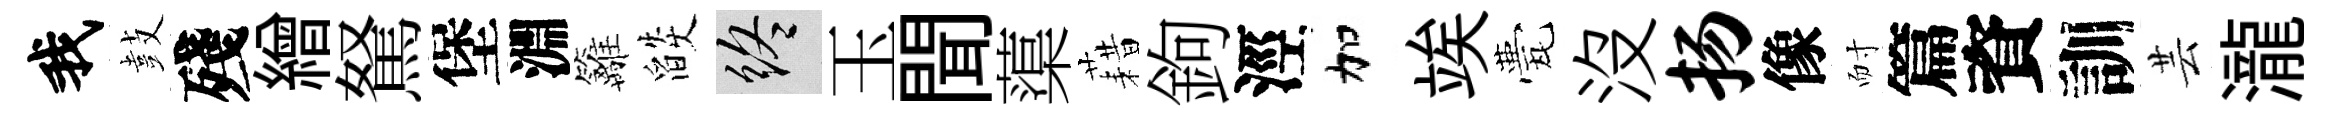
我鼓殘繒駑堡淵籬燄終玉聞蕖藉鉤涇加竢甍没扬像耐篇資訓芸瀧